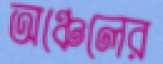
অঞ্চেলের